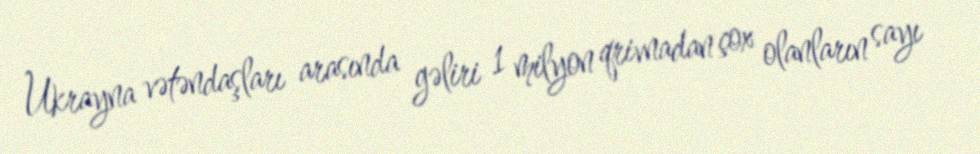
Ukrayna vətəndaşları arasında gəliri 1 milyon qrivnadan çox olanların sayı